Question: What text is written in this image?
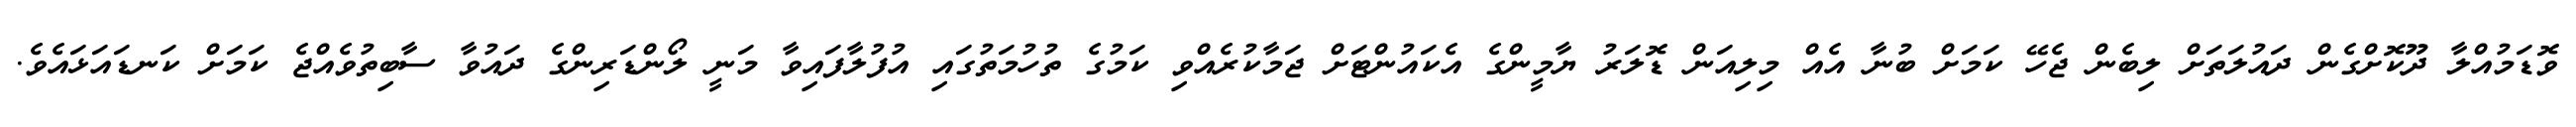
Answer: ވޮޑަމުއްލާ ދޫކޮށްގެން ދައުލަތަށް ލިބެން ޖެހޭ ކަމަށް ބުނާ އެއް މިލިއަން ޑޮލަރު ޔާމީންގެ އެކައުންޓަށް ޖަމާކުރެއްވި ކަމުގެ ތުހުމަތުގައި އުފުލާފައިވާ މަނީ ލޯންޑަރިންގެ ދައުވާ ސާބިތުވެއްޖެ ކަމަށް ކަނޑައަޅައެވެ.